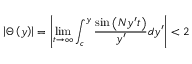
\left| \Theta \left( y \right) \right| = \left| \operatorname* { l i m } _ { t \rightarrow \infty } \int _ { c } ^ { y } \frac { \sin \left( N y ^ { \prime } t \right) } { y ^ { \prime } } d y ^ { \prime } \right| < 2